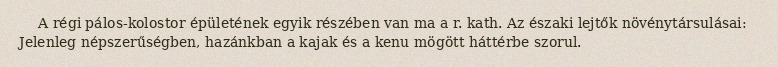
A régi pálos-kolostor épületének egyik részében van ma a r. kath. Az északi lejtők növénytársulásai: Jelenleg népszerűségben, hazánkban a kajak és a kenu mögött háttérbe szorul.